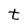
Character: t